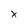
Character: x